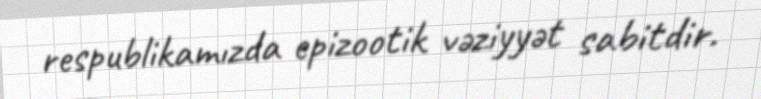
respublikamızda epizootik vəziyyət sabitdir.